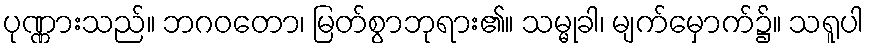
ပုဏ္ဏားသည်။ ဘဂဝတော၊ မြတ်စွာဘုရား၏။ သမ္မုခါ၊ မျက်မှောက်၌။ သရူပါ